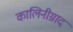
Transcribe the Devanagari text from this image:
कालिनीग्राद